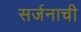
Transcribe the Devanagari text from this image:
सर्जनाची